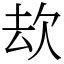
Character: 㰦